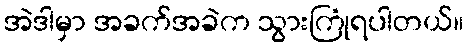
အဲဒါမှာ အခက်အခဲက သွားကြုံရပါတယ်။